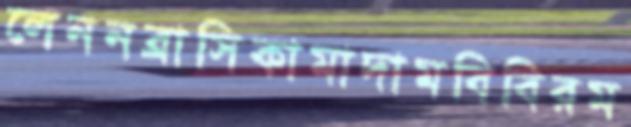
লেননব্রাসিকামাদামবিবিরম